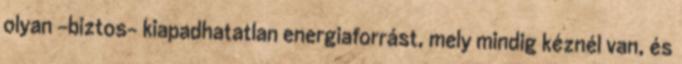
olyan -biztos- kiapadhatatlan energiaforrást, mely mindig kéznél van, és